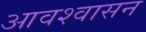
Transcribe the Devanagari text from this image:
आवश्‍वासन